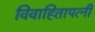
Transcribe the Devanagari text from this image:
विवाहितापत्नी